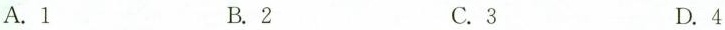
A.1 B.2 C.3 D. 4